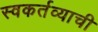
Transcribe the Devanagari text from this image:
स्वकर्तव्याची